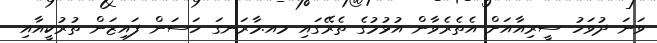
ވަނަ ދުވަހު ސީރިއާއަށް އެތެރެވާން އުޅުމުގެ ތެރޭގައި މއ.މާރަނގަ ހަސަން ފައިޒަން ތުރުކީއާއި